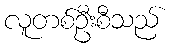
လူတစ်ဦးစီသည်